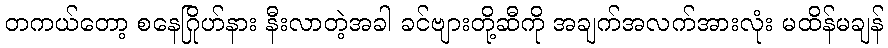
တကယ်တော့ စနေဂြိုဟ်နား နီးလာတဲ့အခါ ခင်ဗျားတို့ဆီကို အချက်အလက်အားလုံး မထိန်မချန်